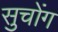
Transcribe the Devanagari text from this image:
सुचोंग